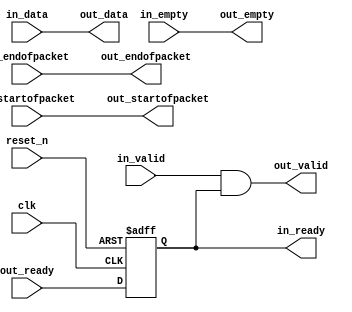
// --------------------------------------------------------------------------------
//| Avalon Streaming Timing Adapter
// --------------------------------------------------------------------------------

`timescale 1ns / 100ps
module timing_adapter (
    
      // Interface: clk
      input              clk,
      // Interface: reset
      input              reset_n,
      // Interface: in
      output reg         in_ready,
      input              in_valid,
      input      [31: 0] in_data,
      input              in_startofpacket,
      input              in_endofpacket,
      input      [ 1: 0] in_empty,
      // Interface: out
      input              out_ready,
      output reg         out_valid,
      output reg [31: 0] out_data,
      output reg         out_startofpacket,
      output reg         out_endofpacket,
      output reg [ 1: 0] out_empty
);




   // ---------------------------------------------------------------------
   //| Signal Declarations
   // ---------------------------------------------------------------------

   reg  [35: 0] in_payload;
   reg  [35: 0] out_payload;
   reg  [ 1: 0] ready;


   // ---------------------------------------------------------------------
   //| Payload Mapping
   // ---------------------------------------------------------------------
   always @* begin
     in_payload = {in_data,in_startofpacket,in_endofpacket,in_empty};
     {out_data,out_startofpacket,out_endofpacket,out_empty} = out_payload;
   end

   // ---------------------------------------------------------------------
   //| Ready & valid signals.
   // ---------------------------------------------------------------------
   always @* begin
     ready[1] = out_ready;
     out_valid = in_valid && ready[0];
     out_payload = in_payload;
     in_ready = ready[0];
   end


   always @(posedge clk or negedge reset_n) begin
      if (!reset_n) begin
        ready[1-1:0] <= 0;
      end else begin
        ready[1-1:0] <= ready[1:1];
      end 
   end


endmodule